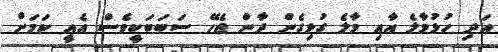
އަދި ހުޅުމާލެ އާއި މާލެ ގުޅިގެން ދާން ޖެހޭ ސަބަބަކީވެސް އެއީ ކަމަށް